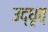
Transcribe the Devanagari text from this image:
उद्धृत्